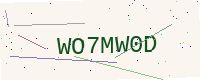
Text: WO7MW0D